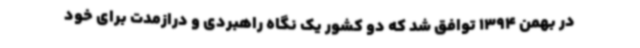
در بهمن 1394 توافق شد که دو کشور یک نگاه راهبردی و درازمدت برای خود